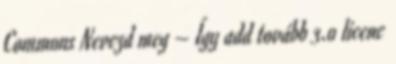
Commons Nevezd meg – Így add tovább 3.0 licenc